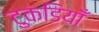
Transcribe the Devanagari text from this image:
टुकडियाँ